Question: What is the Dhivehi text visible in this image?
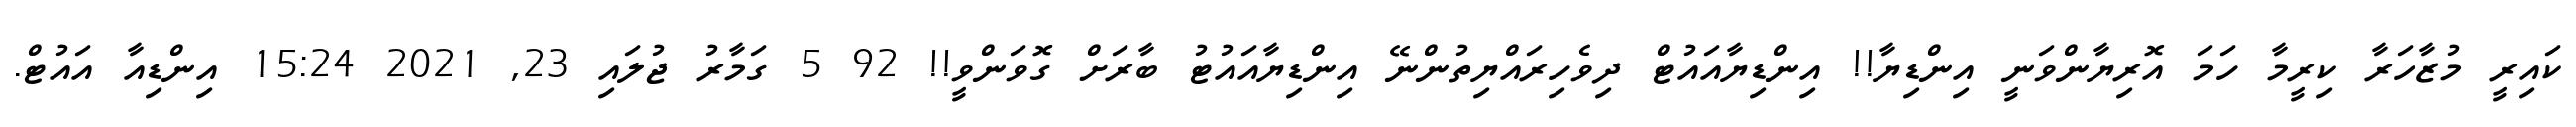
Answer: ކައިރީ މުޒާހަރާ ކިރީމާ ހަމަ އޮރިޔާންވަނީ އިންޑިޔާ!! އިންޑިޔާއައުޓް ދިވެހިރައްޔިތުންނޭ އިންޑިޔާއައުޓު ބާރަށް ގޮވަންވީ!! 92 5 ގަމާރު ޖުލައި 23, 2021 15:24 އިންޑިއާ އައުޓް.